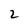
Character: 2